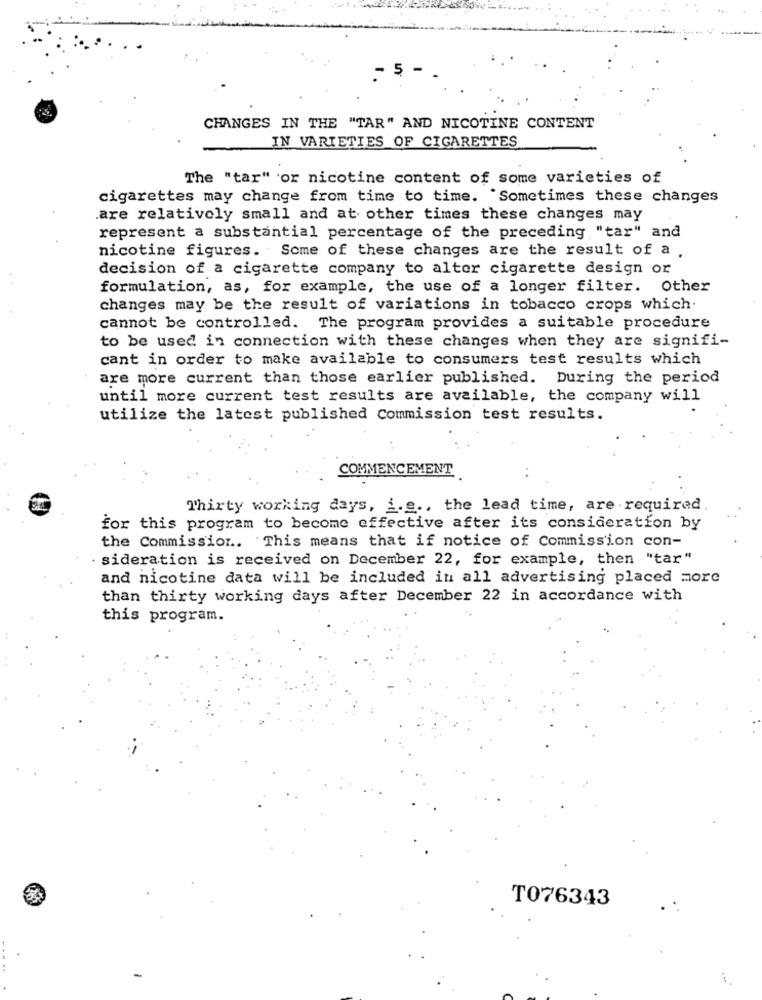
. 5
CHANGES IN THE "TAR" AND NICOTINE CONTENT
IN VARIETIES OF CIGARETTES
The "tar" or nicotine content of some varieties of
cigarettes may change from time to time. Sometimes these changes
.are relatively small and at other times these changes may
represent a substantial percentage of the preceding "tar" and
nicotine figures. Some of these changes are the result of a .
decision of a cigarette company to alter cigarette design or
formulation, as, for example, the use of a longer filter. Other
changes may be the result of variations in tobacco crops which.
cannot be controlled. The program provides a suitable procedure
to be used in connection with these changes when they are signifi-
cant in order to make available to consumers test results which
are more current than those earlier published. During the period
until more current test results are available, the company will
utilize the latest published Commission test results.
COMMENCEMENT
Thirty working days, i.e ., the lead time, are required.
for this program to become effective after its consideration by
the Commission .. This means that if notice of Commission con-
sideration is received on December 22, for example, then "tar"
and nicotine data will be included in all advertising placed more
than thirty working days after December 22 in accordance with
this program.
T076343